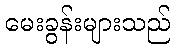
မေးခွန်းများသည်